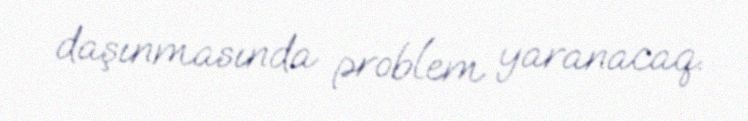
daşınmasında problem yaranacaq.